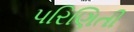
પરિણિતી